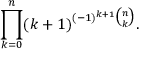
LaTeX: \prod _ { k = 0 } ^ { n } ( k + 1 ) ^ { ( - 1 ) ^ { k + 1 } { \binom { n } { k } } } .